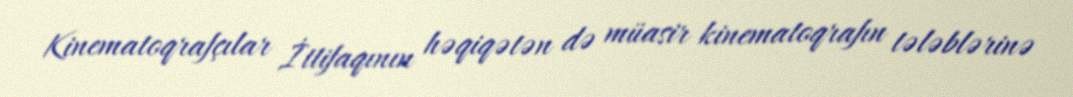
Kinematoqrafçılar İttifaqının həqiqətən də müasir kinematoqrafın tələblərinə